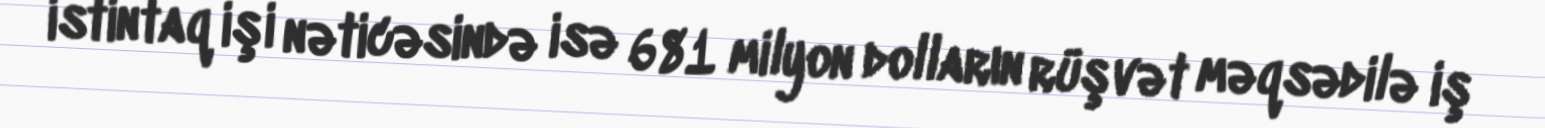
istintaq işi nəticəsində isə 681 milyon dolların rüşvət məqsədilə iş